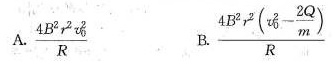
A. \frac{4B^{2}r^{2}(v_{0}^{2})}{R} B. \frac{4B^{2}r^{2}(v_{0}^{2}- \frac{2Q}{m})}{R}